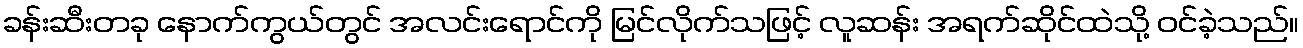
ခန်းဆီးတခု နောက်ကွယ်တွင် အလင်းရောင်ကို မြင်လိုက်သဖြင့် လူဆန်း အရက်ဆိုင်ထဲသို့ ဝင်ခဲ့သည်။